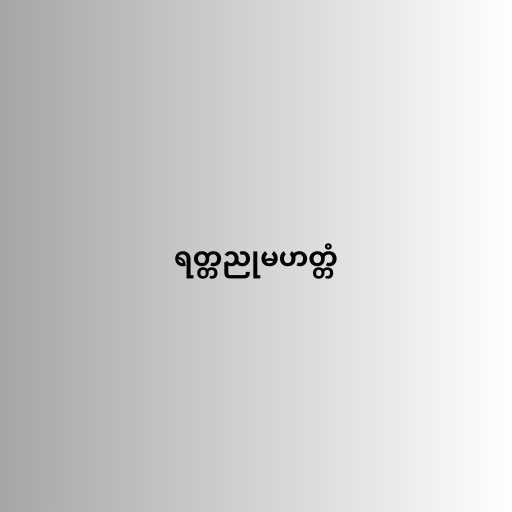
ရတ္တညုမဟတ္တံ